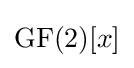
\operatorname {GF} (2)[x]